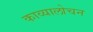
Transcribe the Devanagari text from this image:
काव्यालोचन